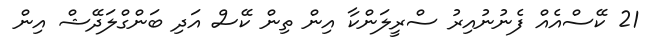
21 ކޭސްއެއް ފެނުނުއިރު ސްރީލަންކާ އިން ތިން ކޭސް އަދި ބަންގްލަދޭޝް އިން